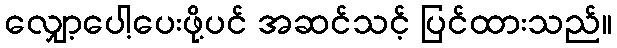
လျှော့ပေါ့ပေးဖို့ပင် အဆင်သင့် ပြင်ထားသည်။